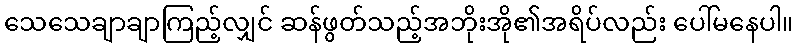
သေသေချာချာကြည့်လျှင် ဆန်ဖွတ်သည့်အဘိုးအို၏အရိပ်လည်း ပေါ်မနေပါ။